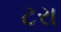
ટરા